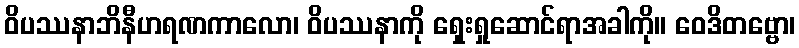
ဝိပဿနာဘိနီဟရဏကာလော၊ ဝိပဿနာကို ရှေးရှုဆောင်ရာအခါကို။ ဝေဒိတဗ္ဗော၊